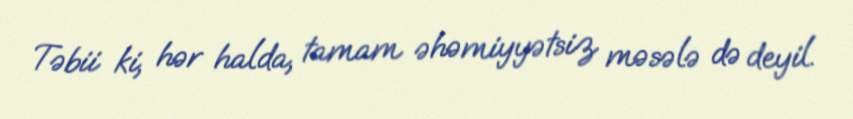
Təbii ki, hər halda, tamam əhəmiyyətsiz məsələ də deyil.